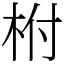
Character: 柎